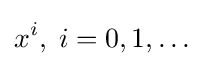
x^{i},\;i=0,1,\dots